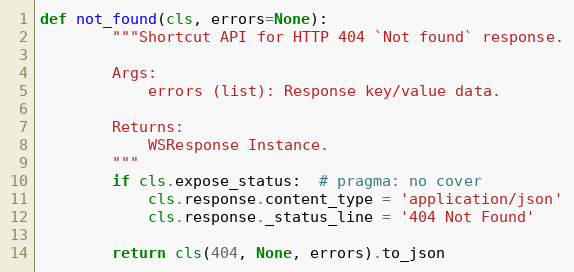
Language: Python
def not_found(cls, errors=None):
        """Shortcut API for HTTP 404 `Not found` response.

        Args:
            errors (list): Response key/value data.

        Returns:
            WSResponse Instance.
        """
        if cls.expose_status:  # pragma: no cover
            cls.response.content_type = 'application/json'
            cls.response._status_line = '404 Not Found'

        return cls(404, None, errors).to_json